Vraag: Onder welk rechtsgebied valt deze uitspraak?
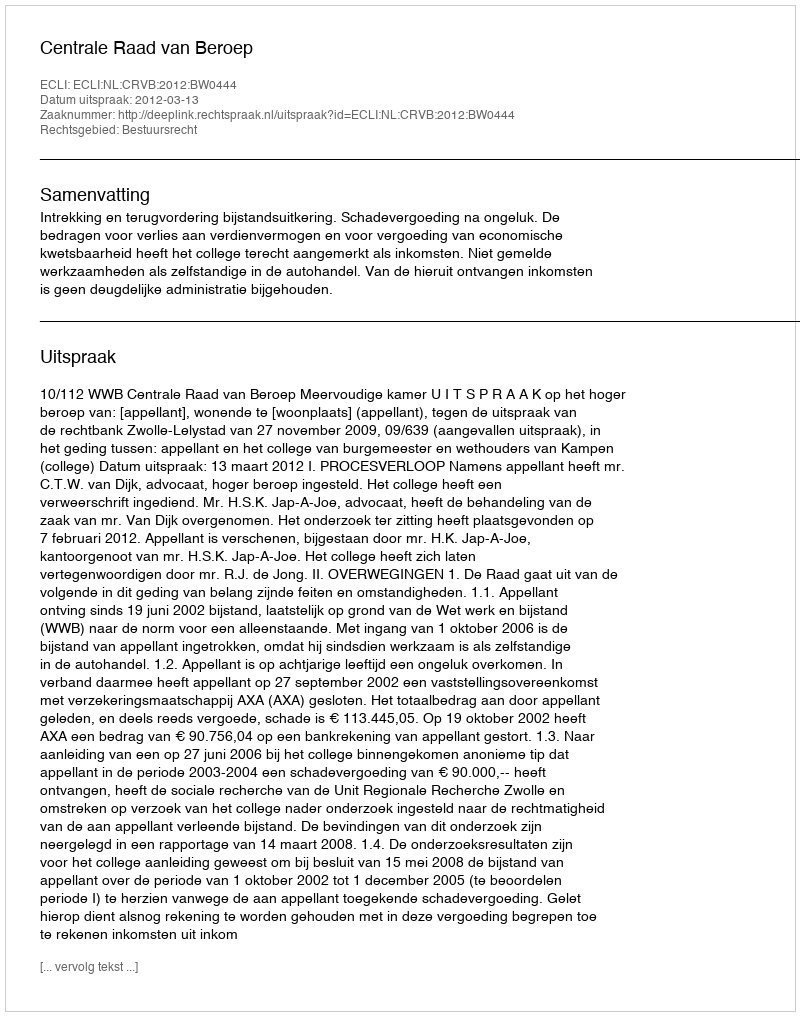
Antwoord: Bestuursrecht